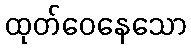
ထုတ်ဝေနေသော